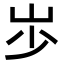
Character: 𡵯